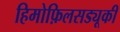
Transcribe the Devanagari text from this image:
हिमोफ़िलसड्यूकी